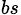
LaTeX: _{bs}